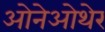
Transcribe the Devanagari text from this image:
ओनेओथेर